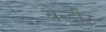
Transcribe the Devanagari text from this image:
बेन्डीट